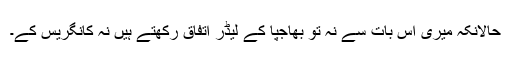
حالانکہ میری اس بات سے نہ تو بھاجپا کے لیڈر اتفاق رکھتے ہیں نہ کانگریس کے۔